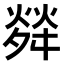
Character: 𤌠